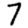
Digit: 7